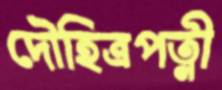
দৌহিত্রপত্নী